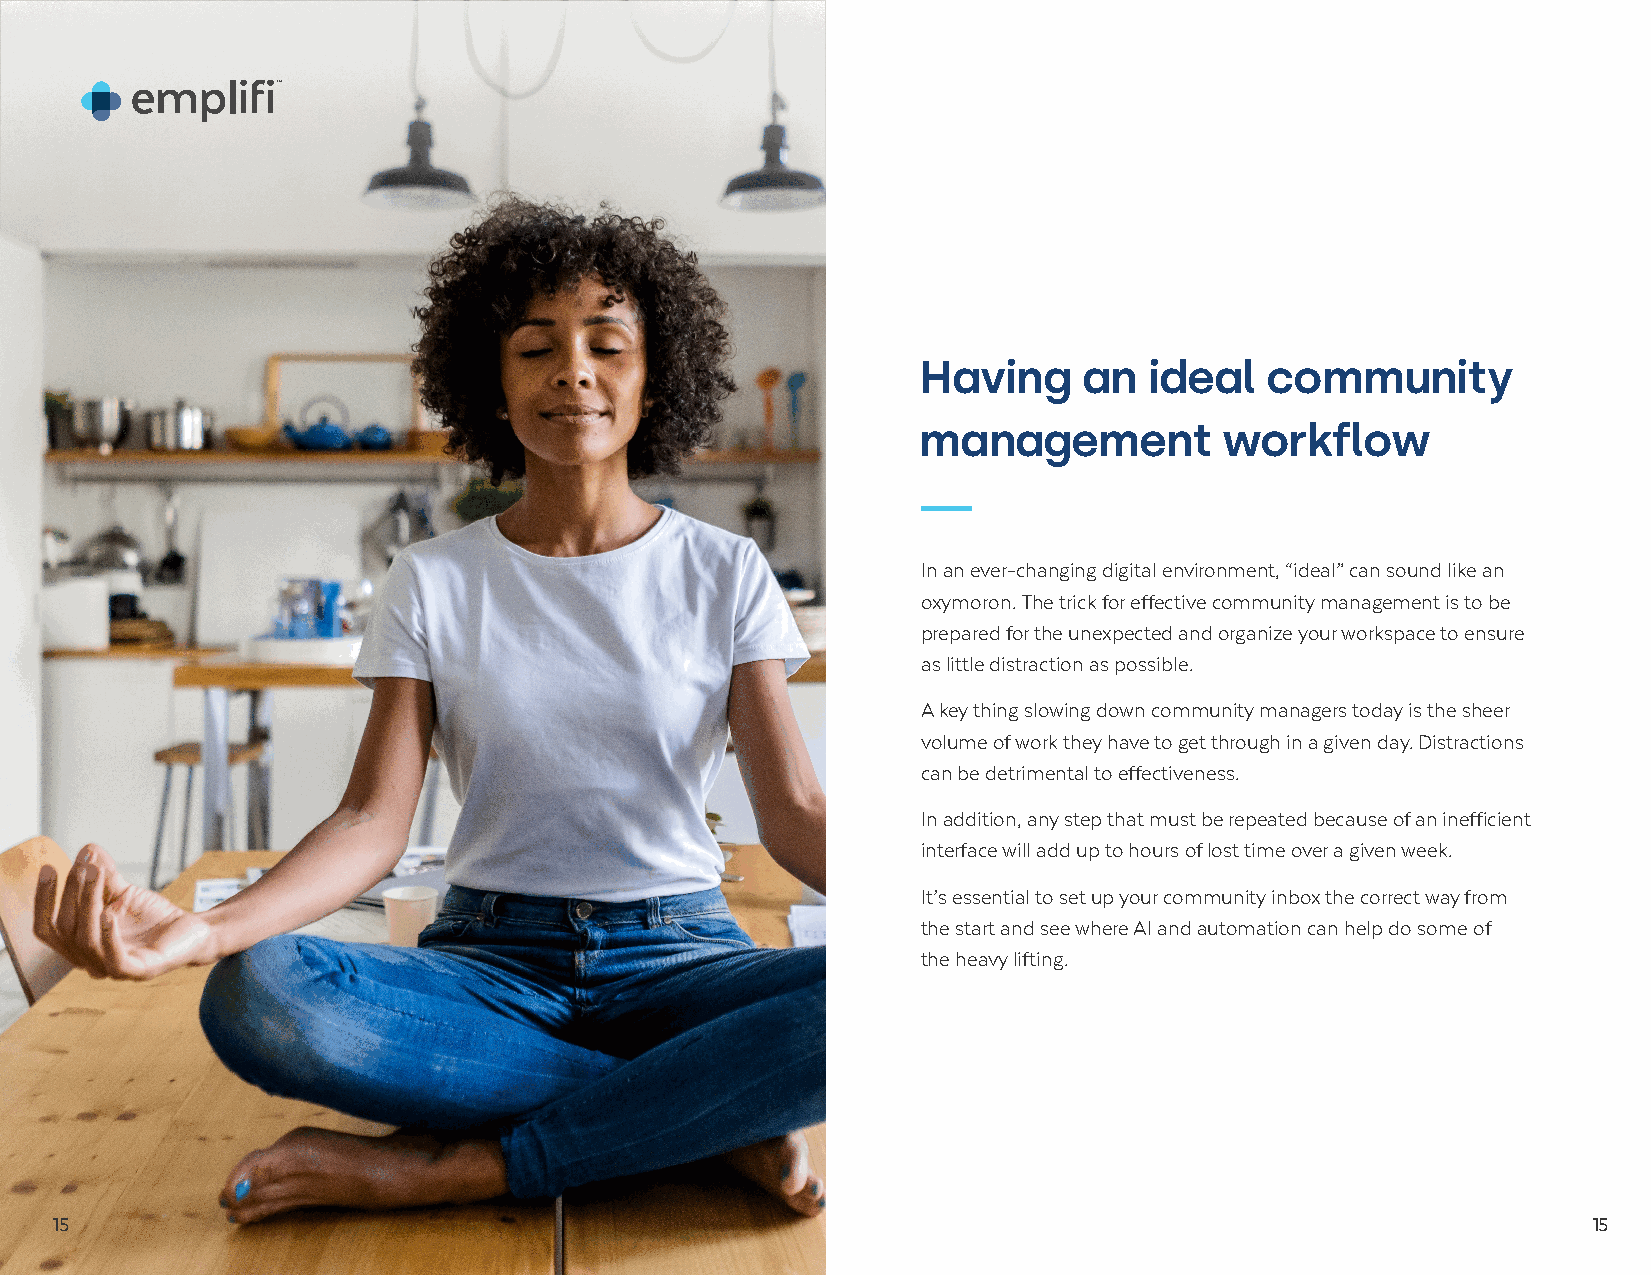
Having     an  ideal   community
 management          workflow
 In an ever-changing digital environment, “ideal” can sound like an
 oxymoron. The trick for effective community management is to be
 prepared for the unexpected and organize your workspace to ensure
 as little distraction as possible.
 A key thing slowing down community managers today is the sheer
 volume of work they have to get through in a given day. Distractions
 can be detrimental to effectiveness.
 In addition, any step that must be repeated because of an inefficient
 interface will add up to hours of lost time over a given week.
 It’s essential to set up your community inbox the correct way from
 the start and see where AI and automation can help do some of
 the heavy lifting.
 15                                                                                                   15